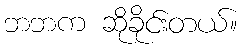
ဘဘက ဆိုခိုင်းတယ်။